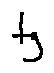
t g